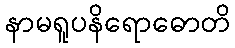
နာမရူပနိရောဓောတိ